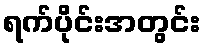
ရက်ပိုင်းအတွင်း